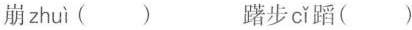
崩 zhuì () 躇步 cǐ 蹈()